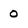
Character: 0